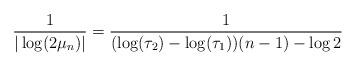
LaTeX: \begin{align*}\frac{1}{|\log (2\mu_n)|}=\frac{1}{(\log(\tau_2) - \log(\tau_1) )(n-1) - \log 2 }\end{align*}